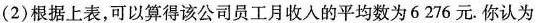
(2)根据上表，可以算得该公司员工月收入的平均数为6276元.你认为